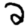
Digit: 2